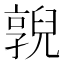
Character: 𠆔